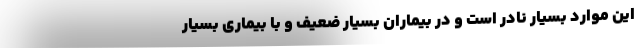
این موارد بسیار نادر است و در بیماران بسیار ضعیف و با بیماری بسیار